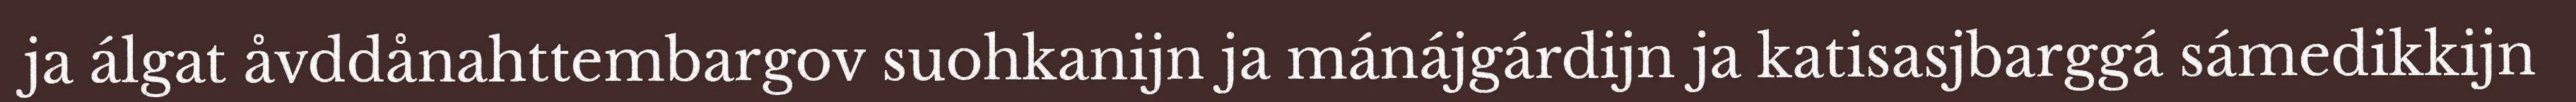
ja álgat åvddånahttembargov suohkanijn ja mánájgárdijn ja katisasjbarggá sámedikkijn